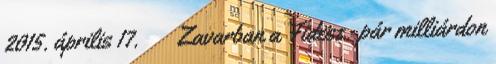
2015. április 17. ↑ Zavarban a Fidesz: pár milliárdon